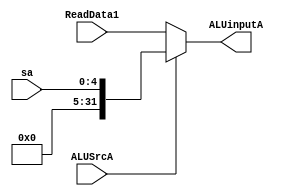
module MuxALUa(
  input [31:0]ReadData1,
  input [4:0]sa,
  input ALUSrcA,
  output [31:0]ALUinputA
  );
//第二个需要拓?
assign ALUinputA = ALUSrcA==0?ReadData1:{0,sa};

endmodule